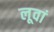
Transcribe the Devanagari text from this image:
लूवां